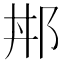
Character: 𨚢